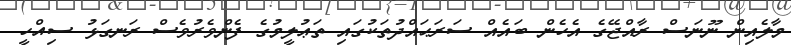
މާލެއިން ނޫނަސް ރާއްޖޭގެ އެހެން ބަައެއް ސަރަޙައްދުތަކުގައި ތަޢުލީމުގެ ފެންވެރުވެސް ރަނގަޅު ސިއްހީ